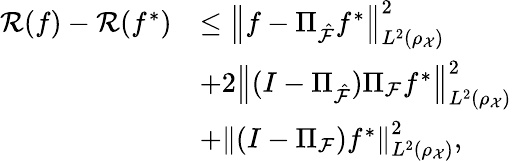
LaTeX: \begin{array}{rl}{{\cal R}(f)-{\cal R}(f^{*})}&{\leq\left\| f-\Pi_{\hat{\cal F}}f^{*}\right\| _{L^{2}(\rho_{\mathcal{X}})}^{2}}\\ &{+2\left\| (I-\Pi_{\hat{\cal F}})\Pi_{\cal F}f^{*}\right\| _{L^{2}(\rho_{\mathcal{X}})}^{2}}\\ &{+\left\| (I-\Pi_{\cal F})f^{*}\right\| _{L^{2}(\rho_{\mathcal{X}})}^{2},}\end{array}